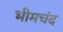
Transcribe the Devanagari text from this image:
भीमचंद